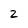
Character: 2